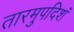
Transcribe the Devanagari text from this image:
तारमुपदिशं